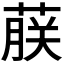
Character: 𬝤